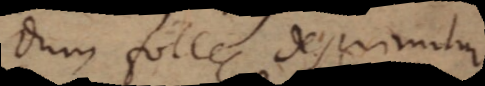
dum follis deprimitur